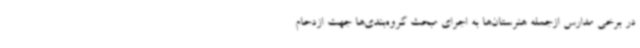
در برخی مدارس ازجمله هنرستان‌ها به اجرای مبحث گروه‌بندی‌ها جهت ازدحام